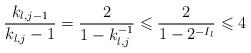
LaTeX: \begin{align*} \frac{k_{l,j-1}}{k_{l,j}-1}=\frac 2{1-k_{l,j}^{-1}}\leqslant \frac 2{1-2^{-I_l}} \leqslant 4\end{align*}